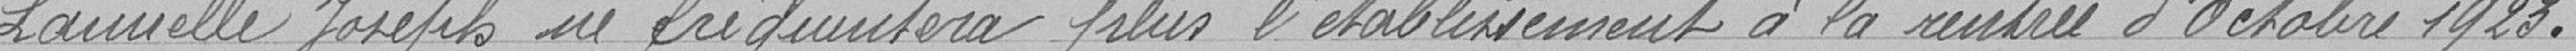
LAMIELLE Joseph ne fréquentera plus l'établissement à la rentrée d'octobre 1923.